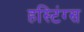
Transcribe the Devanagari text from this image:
हस्टिंग्स